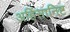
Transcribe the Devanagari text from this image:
अहिंसानिष्ट